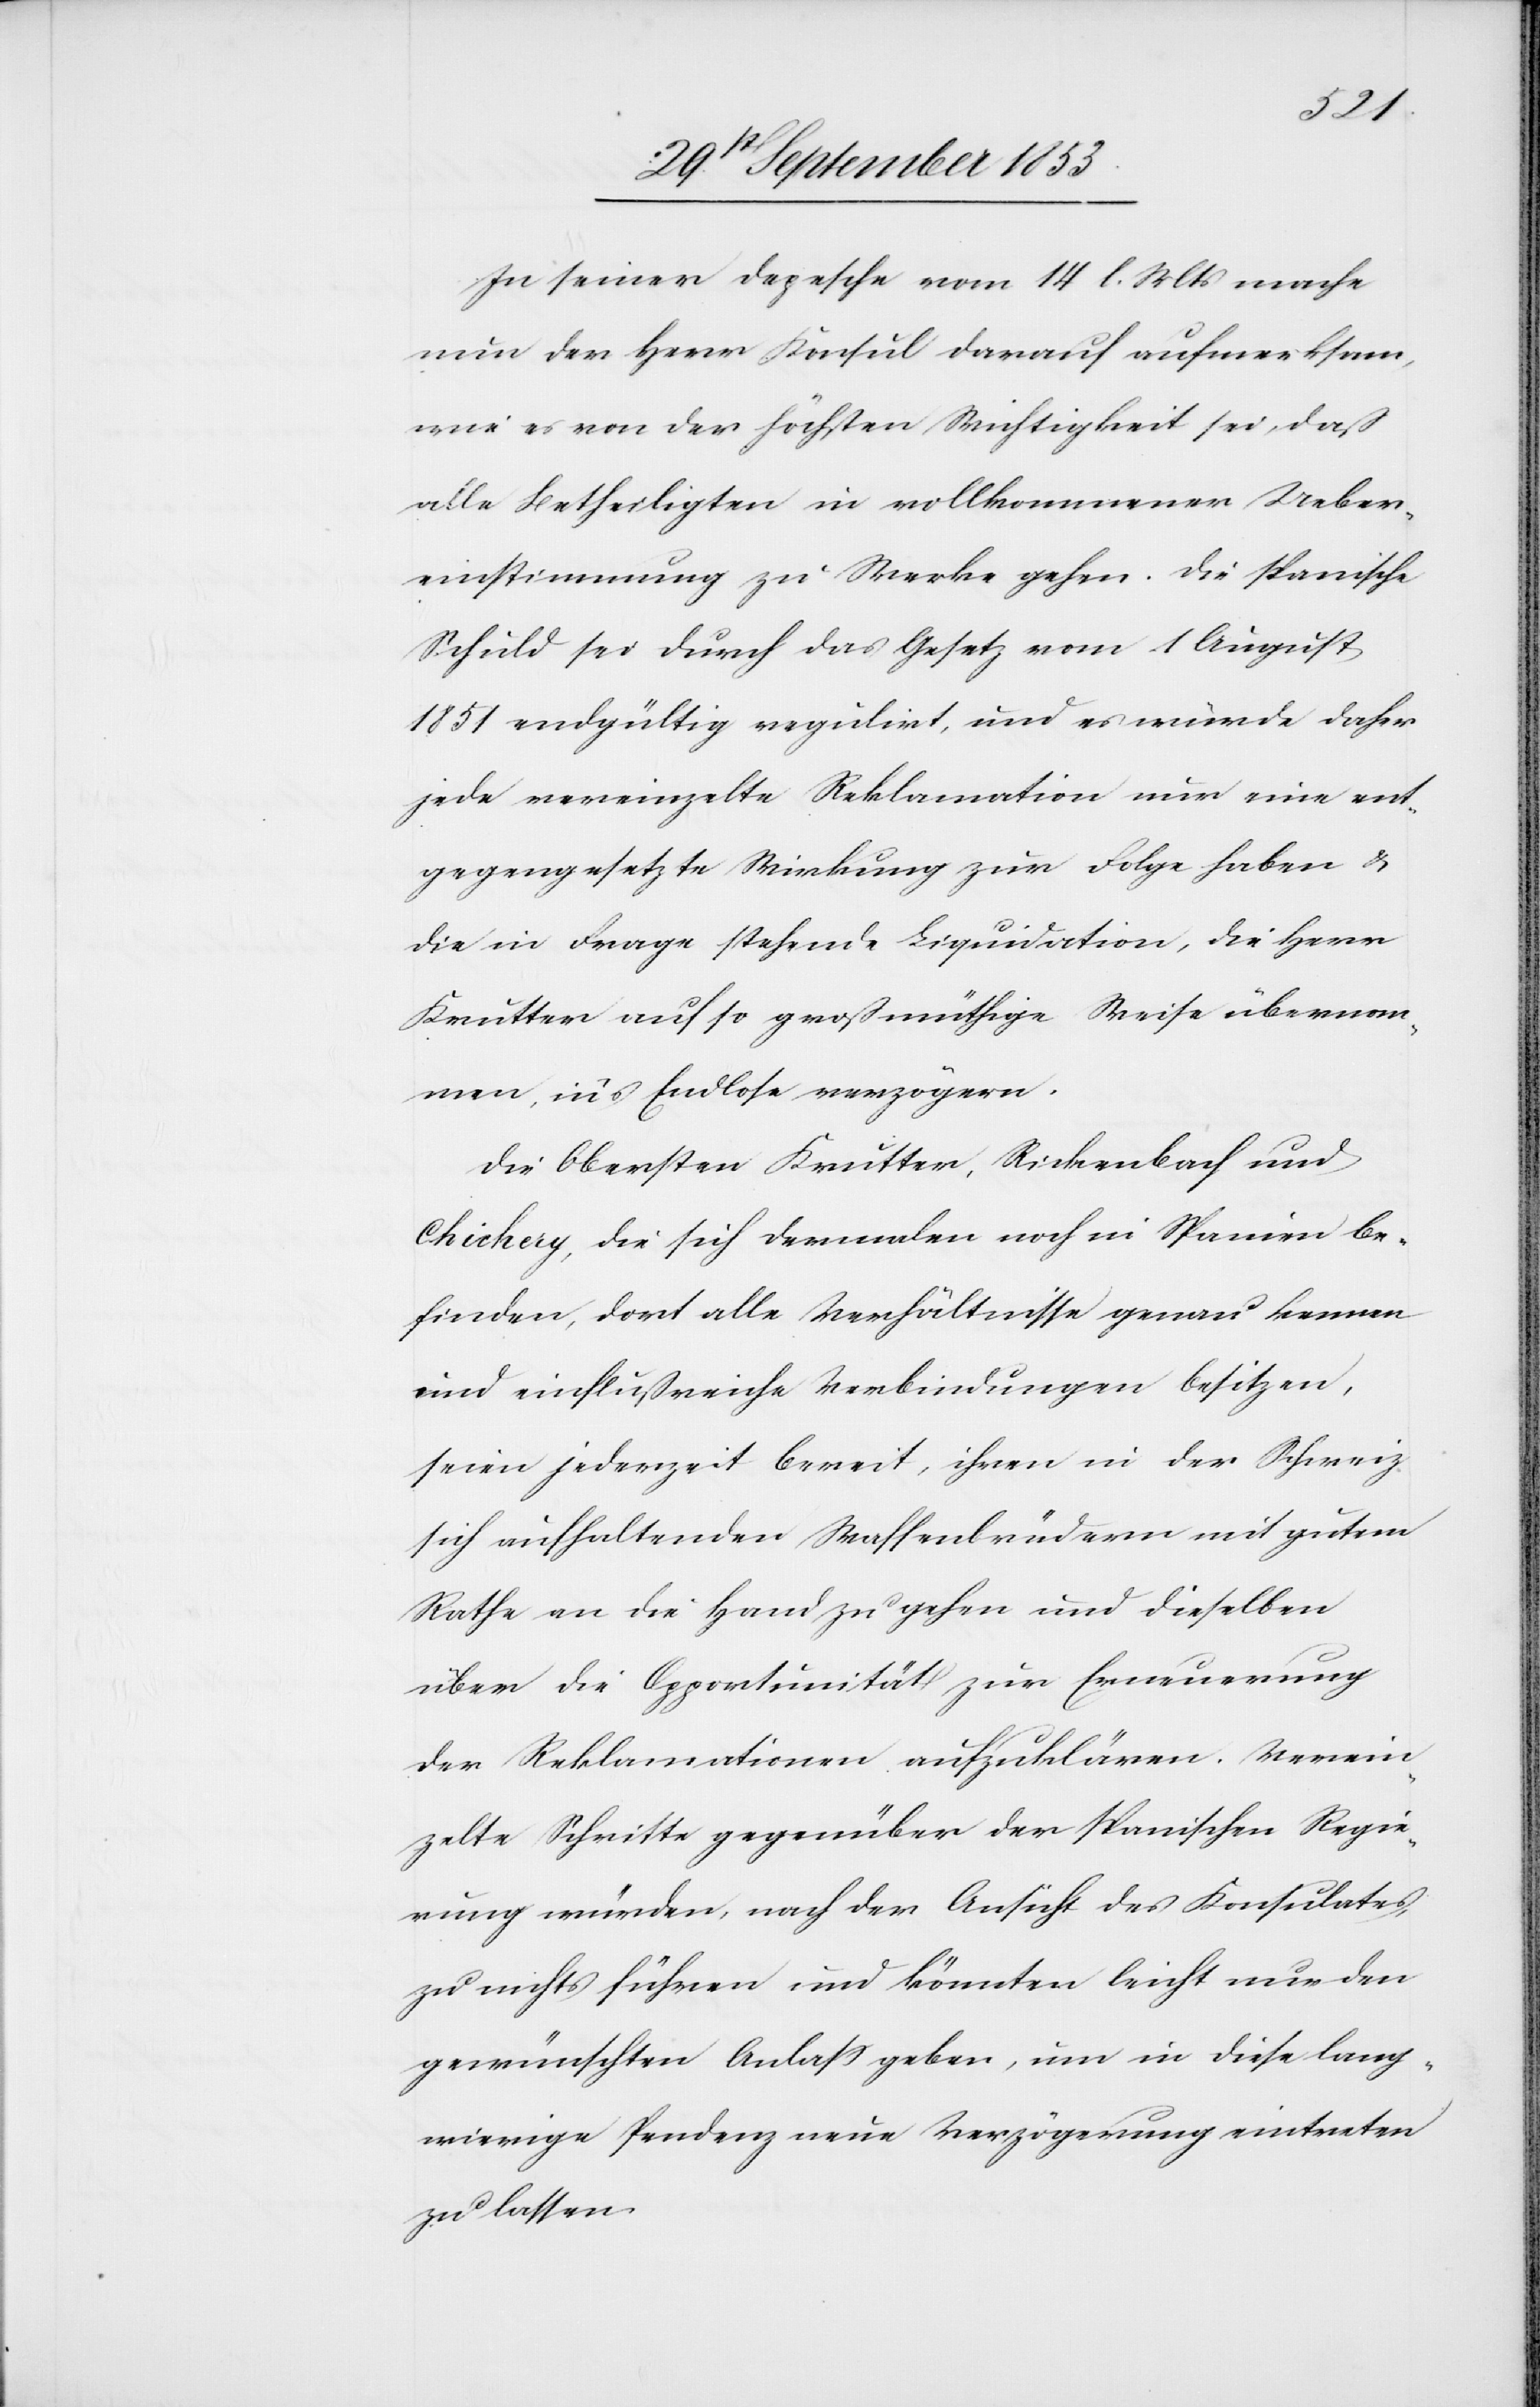
In seiner Depesche vom 14. l. Mts. mache
nun der Herr Konsul darauf aufmerksam,
wie es von der höchsten Wichtigkeit sei, daß
alle Betheiligten in vollkommener Ueber¬
einstimmung zu Werke gehen. Die spanische
Schuld sei durch das Gesetz vom 1 August
1851 endgültig regulirt, und es würde daher
jede vereinzelte Reklamation nur eine ent¬
gegengesetzte Wirkung zur Folge haben u.
die in Frage stehende Liquidation, die Herr
Krutter auf so großmüthige Weise übernom¬
men, in’s Endlose verzögern.
Die Obersten Krutter, Rickenbach und
Chichery, die sich dermalen noch in Spanien be¬
finden, dort alle Verhältnisse genau kennen
und einflußreiche Verbindungen besitzen,
seien jederzeit bereit, ihren in der Schweiz
sich aufhaltenden Waffenbrüdern mit gutem
Rathe an die Hand zu gehen und dieselben
über die Opportunität zur Erneuerung
der Reklamationen aufzuklären. Verein¬
zelte Schritte gegenüber der spanischen Regie¬
rung würden nach der Ansicht des Konsulates
zu nichts führen und könnten leicht nur den
gewünschten Anlaß geben, um in diese lang¬
wierige Pendenz neue Verzögerung eintreten
zu lassen.